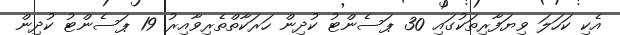
އެކި ކަހަލަ ވިޔަފާރިތަކުގައި 30 ޕަސެންޓު ކުދިން ހަރަކާތްތެރިވާއިރު 19 ޕަސެންޓު ކުދިން